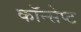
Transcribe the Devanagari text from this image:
कॉन्‍सेप्‍ट